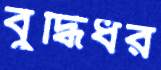
বুদ্ধিধর